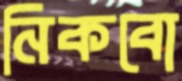
নিকবো